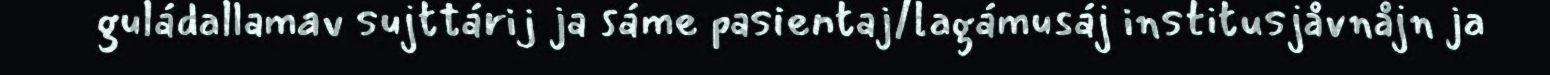
guládallamav sujttárij ja sáme pasientaj/lagámusáj institusjåvnåjn ja